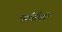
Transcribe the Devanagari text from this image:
पर्वर्तकों